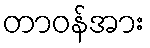
တာဝန်အား